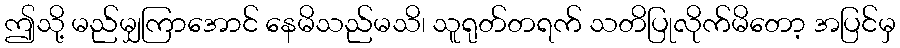
ဤသို့ မည်မျှကြာအောင် နေမိသည်မသိ၊ သူရုတ်တရက် သတိပြုလိုက်မိတော့ အပြင်မှ